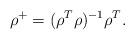
LaTeX: \begin{align*}\rho^+=(\rho^T\rho)^{-1}\rho^T.\end{align*}